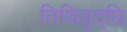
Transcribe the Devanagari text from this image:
तिथिवृद्धि